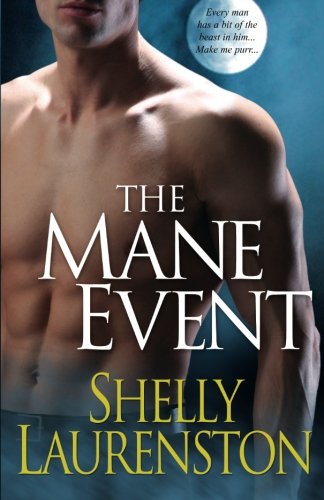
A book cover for The Mane Event (Pride, Book 1); Shelly Laurenston; Romance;